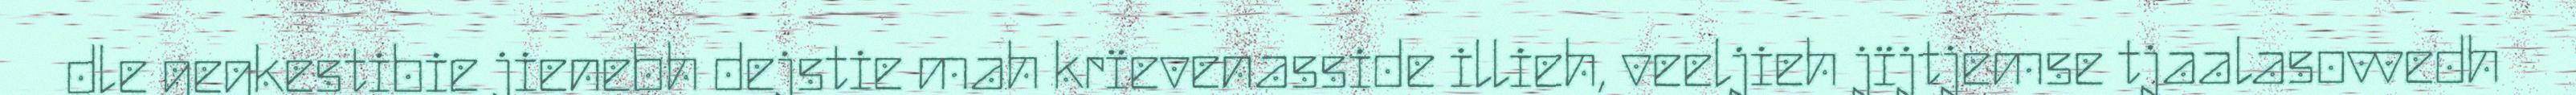
dle gegkestibie jienebh dejstie mah krïevenasside illieh, veeljieh jïjtjemse tjaalasovvedh